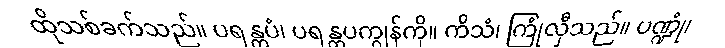
ထိုသစ်ခက်သည်။ ပရန္တပံ၊ ပရန္တပကျွန်ကို။ ကိသံ၊ ကြုံလှီသည်။ ပဏ္ဍုံ၊